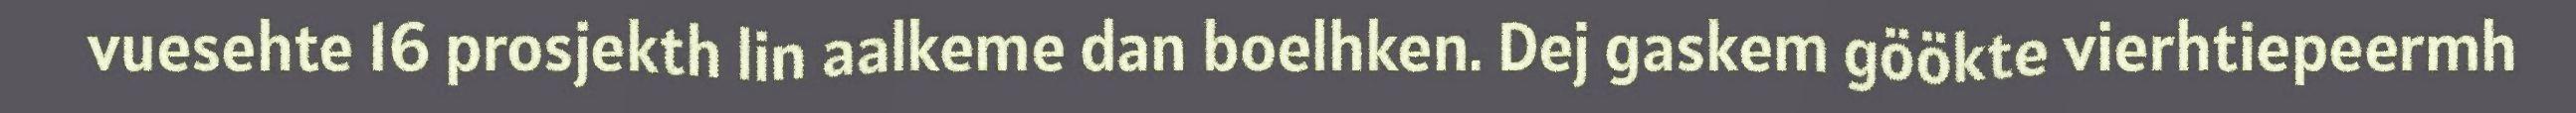
vuesehte 16 prosjekth lin aalkeme dan boelhken. Dej gaskem göökte vierhtiepeermh